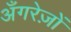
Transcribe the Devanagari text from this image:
अँगरेज़ों